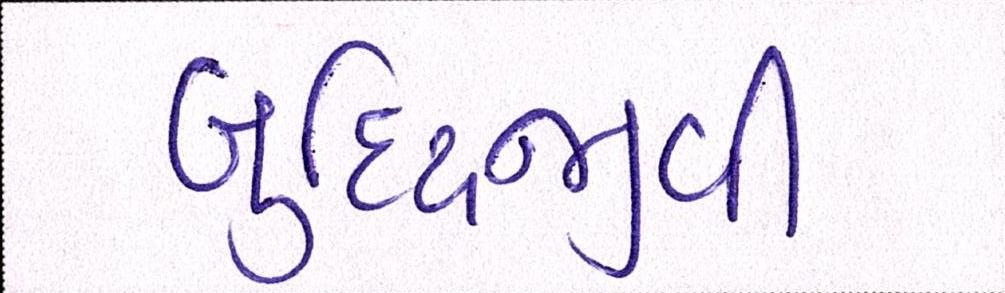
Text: બુધ્ધિજીવી